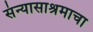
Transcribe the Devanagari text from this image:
संन्यासाश्रमाचा